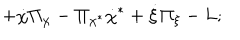
+ \dot { \chi } \Pi _ { \chi } - \Pi _ { \chi ^ { * } } \dot { \chi } ^ { * } + \dot { \xi } \Pi _ { \xi } - L ;